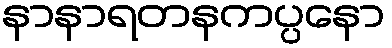
နာနာရတနကပ္ပနော